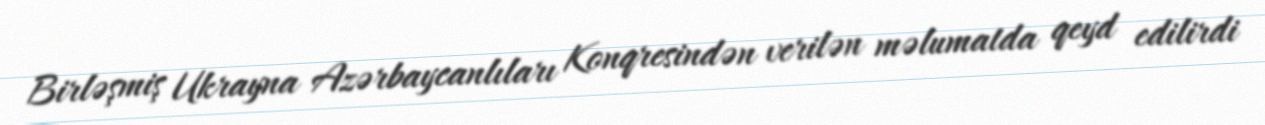
Birləşmiş Ukrayna Azərbaycanlıları Konqresindən verilən məlumatda qeyd edilirdi